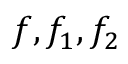
f , f _ { 1 } , f _ { 2 }